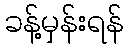
ခန့်မှန်းရန်